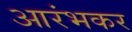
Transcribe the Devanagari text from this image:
आरंभकर